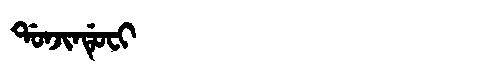
Manchu: ᡩᠣᠨᠵᡳᠨᡩᡠᠸᡳ
Romanization: DONJINDUFI